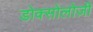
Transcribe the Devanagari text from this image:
डोक्सोलोज़ी